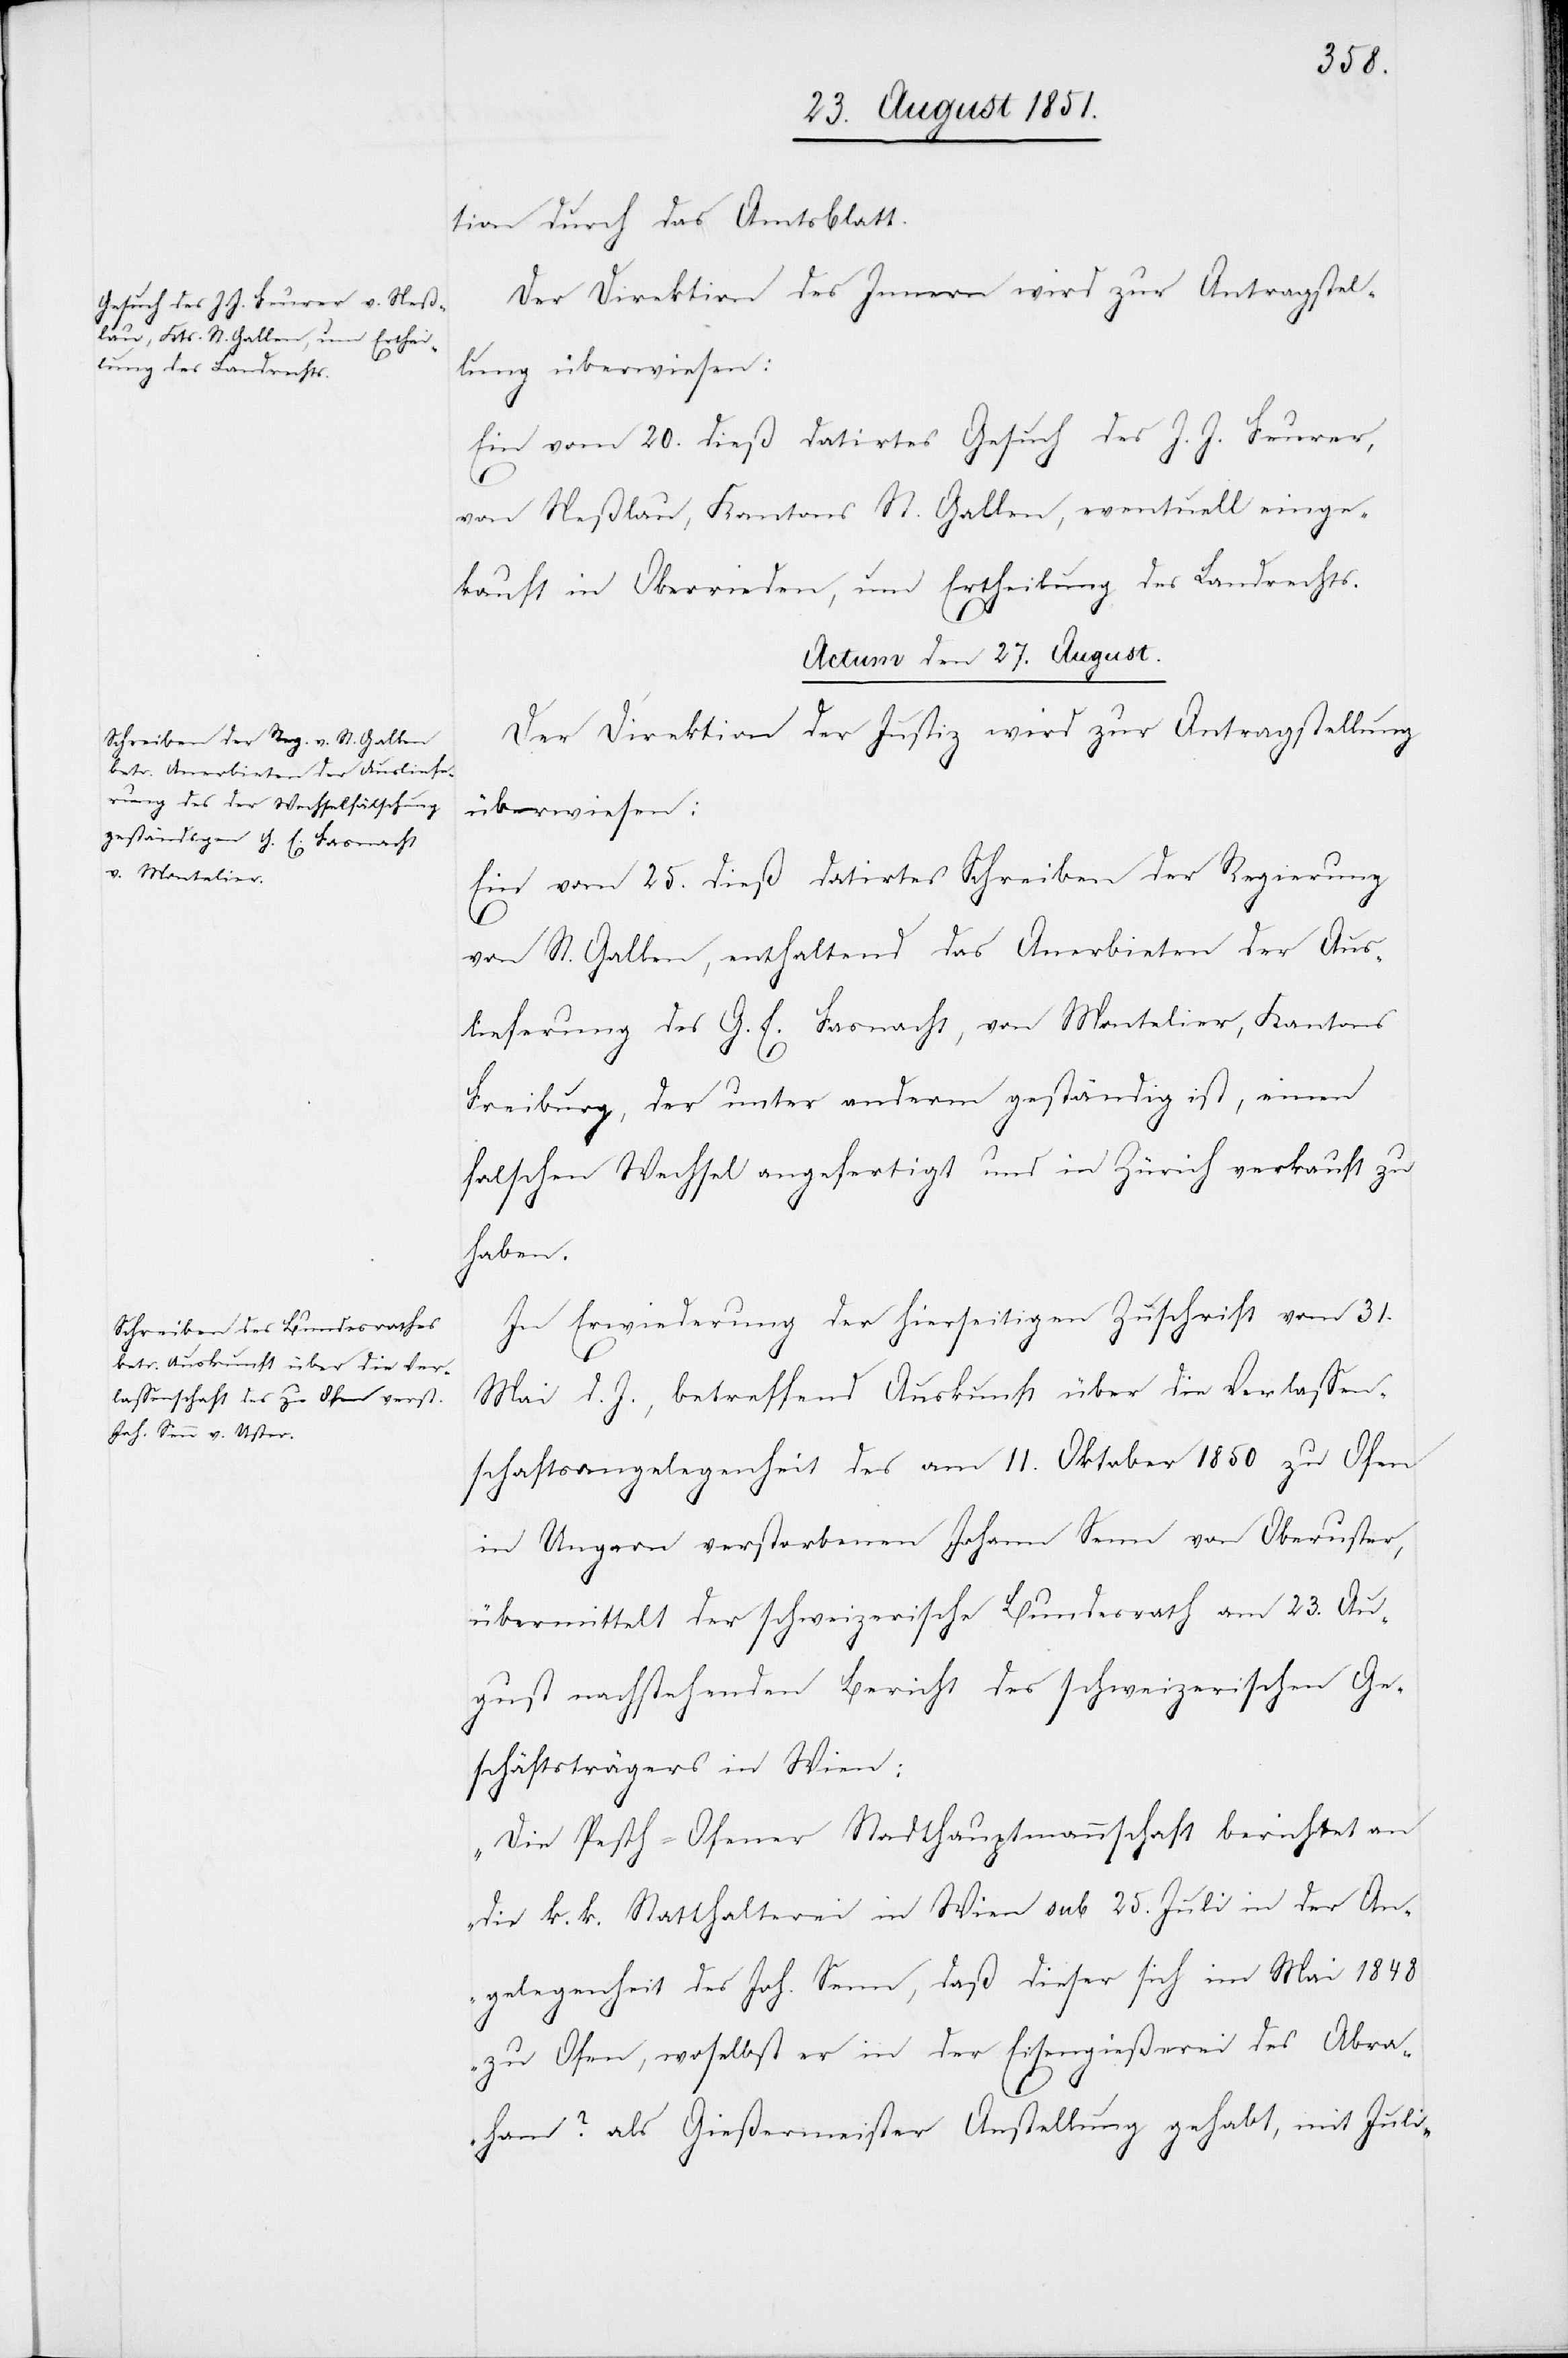
tion durch das Amtsblatt.
Der Direktion des Innern wird zur Antragstel¬
lung überwiesen:
Ein vom 20. dieß datirtes Gesuch des J. J. Feurer,
von Neßlau, Kantons St. Gallen, eventuell einge¬
kauft in Oberrieden, um Ertheilung des Landrechts.
Actum den 27. August.]
Der Direktion der Justiz wird zur Antragstellung
überwiesen:
Ein vom 25. dieß datirtes Schreiben der Regierung
von St. Gallen, enthaltend das Anerbieten der Aus¬
lieferung des G. E. Fasnacht, von Montelier, Kantons
Freiburg, der unter anderm geständig ist, einen
falschen Wechsel angefertigt und in Zürich verkauft zu
haben.
In Erwiederung der hierseitigen Zuschrift vom 31.
Mai d. J., betreffend Auskunft über die Verlassen¬
schaftsangelegenheit des am 11. Oktober 1850 zu Ofen
in Ungarn verstorbenen Johann Senn von Oberuster,
übermittelt der schweizerische Bundesrath am 23. Au¬
gust nachstehenden Bericht des schweizerischen Ge¬
schäftsträgers in Wien:
„Die Pesth-Ofener Stadthauptmannschaft berichtet an
die k. k. Statthalterei in Wien sub 25. Juli in der An¬
gelegenheit des Joh. Senn, daß dieser sich im Mai 1848
zu Ofen, woselbst er in der Eisengießerei des Abra¬
ham? als Gießermeister Anstellung gehabt, mit Juli-